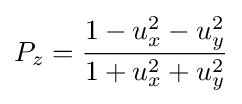
P_{z}={1-u_{x}^{2}-u_{y}^{2} \over 1+u_{x}^{2}+u_{y}^{2}}